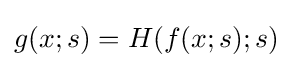
g(x;s)=H(f(x;s);s)